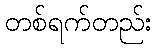
တစ်ရက်တည်း